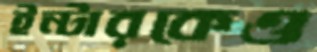
ইন্টারকেও